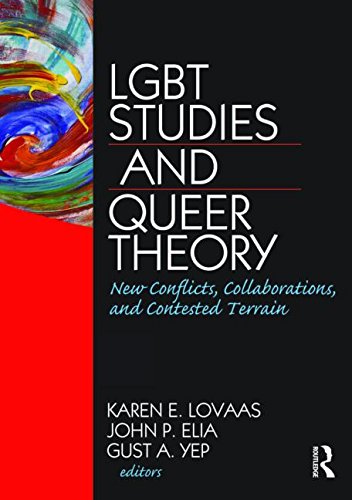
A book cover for LGBT Studies and Queer Theory: New Conflicts, Collaborations, and Contested Terrain (Journal of Homosexuality); Gay & Lesbian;